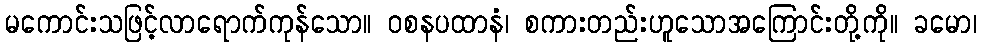
မကောင်းသဖြင့်လာရောက်ကုန်သော။ ဝစနပထာနံ၊ စကားတည်းဟူသောအကြောင်းတို့ကို။ ခမော၊